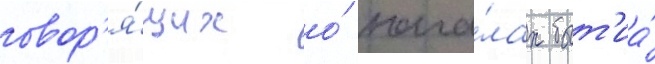
говор'я́щих о́ нача́лах быт'иа́